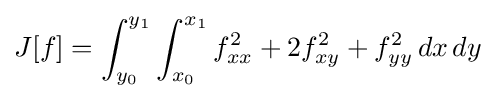
J[f]=\int _{y_{0}}^{y_{1}}\int _{x_{0}}^{x_{1}}f_{xx}^{2}+2f_{xy}^{2}+f_{yy}^{2}\,dx\,dy